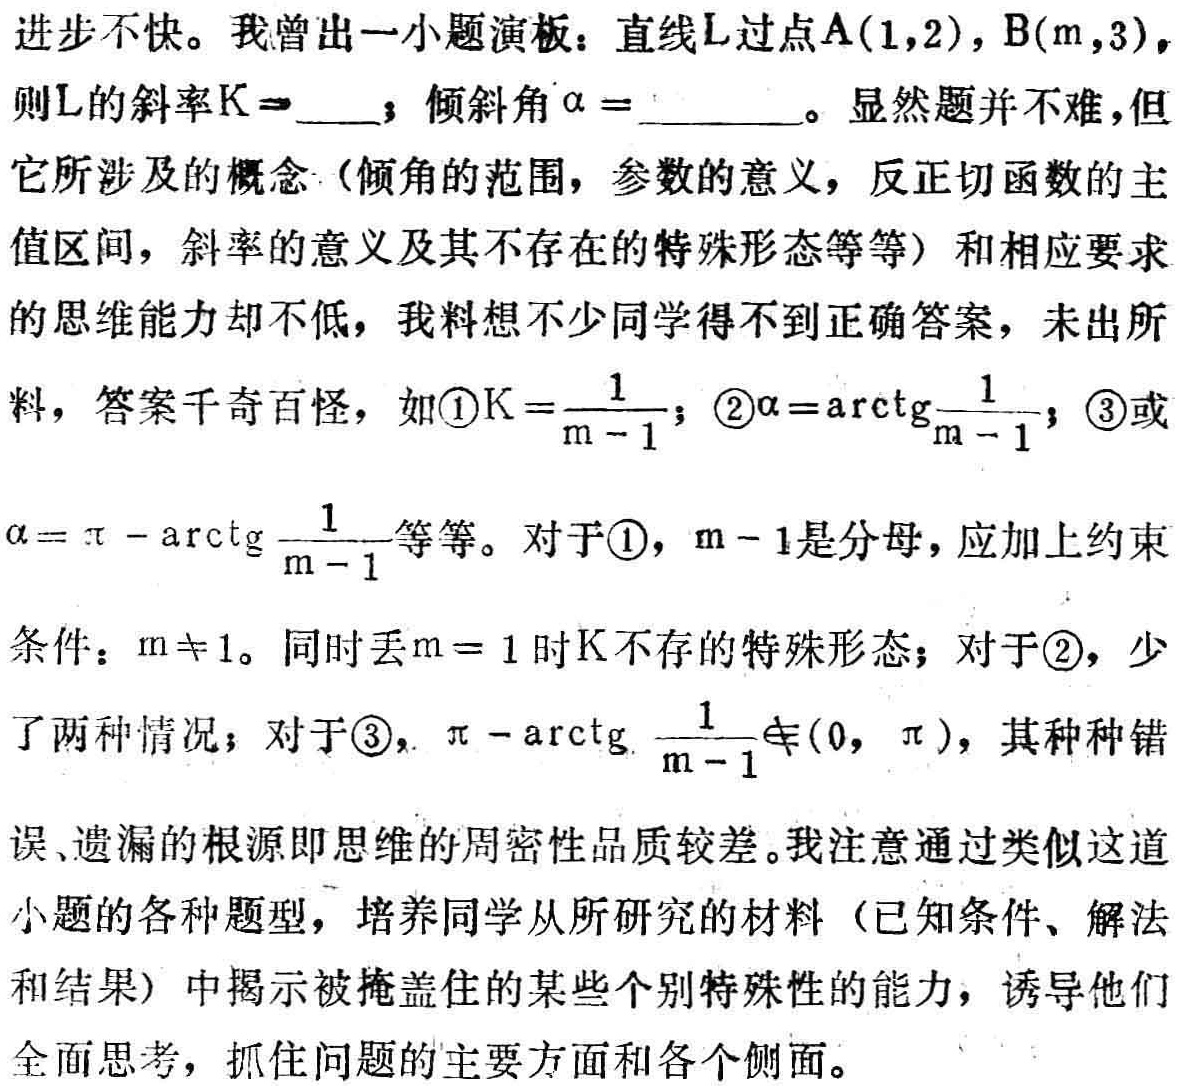
进步不快。我曾出一小题演板：直线\(L\)过点\(A(1,2)\)，\(B(m,3)\)，则\(L\)的斜率\(K = \)____；倾斜角\(\alpha=\)____。显然题并不难，但它所涉及的概念（倾角的范围，参数的意义，反正切函数的主值区间，斜率的意义及其不存在的特殊形态等等）和相应要求的思维能力却不低，我料想不少同学得不到正确答案，未出所料，答案千奇百怪，如\textcircled{1}\(K = \frac{1}{m - 1}\)；\textcircled{2}\(\alpha=\mathrm{arctg}\frac{1}{m - 1}\)；\textcircled{3}或\(\alpha=\pi-\mathrm{arctg}\frac{1}{m - 1}\)等等。对于\textcircled{1}，\(m - 1\)是分母，应加上约束条件：\(m\neq1\)。同时丢\(m = 1\)时\(K\)不存在的特殊形态；对于\textcircled{2}，少了两种情况；对于\textcircled{3}，\(\pi-\mathrm{arctg}\frac{1}{m - 1}\notin(0,\pi)\)，其种种错误、遗漏的根源即思维的周密性品质较差。我注意通过类似这道小题的各种题型，培养同学从所研究的材料（已知条件、解法和结果）中揭示被掩盖住的某些个别特殊性的能力，诱导他们全面思考，抓住问题的主要方面和各个侧面。